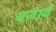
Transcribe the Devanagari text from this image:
बजायें